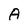
Character: A